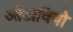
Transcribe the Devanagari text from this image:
ओटावियो